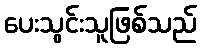
ပေးသွင်းသူဖြစ်သည်